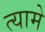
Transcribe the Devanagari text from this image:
त्यामे